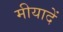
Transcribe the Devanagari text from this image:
मीयादें